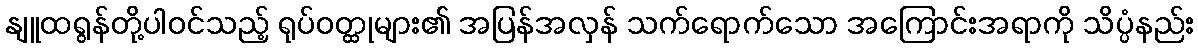
နျူထရွန်တို့ပါဝင်သည့် ရုပ်ဝတ္ထုများ၏ အပြန်အလှန် သက်ရောက်သော အကြောင်းအရာကို သိပ္ပံနည်း